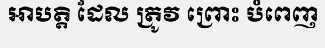
អាបត្តិ ដែល ត្រូវ ព្រោះ បំពេញ